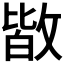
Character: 𭤀